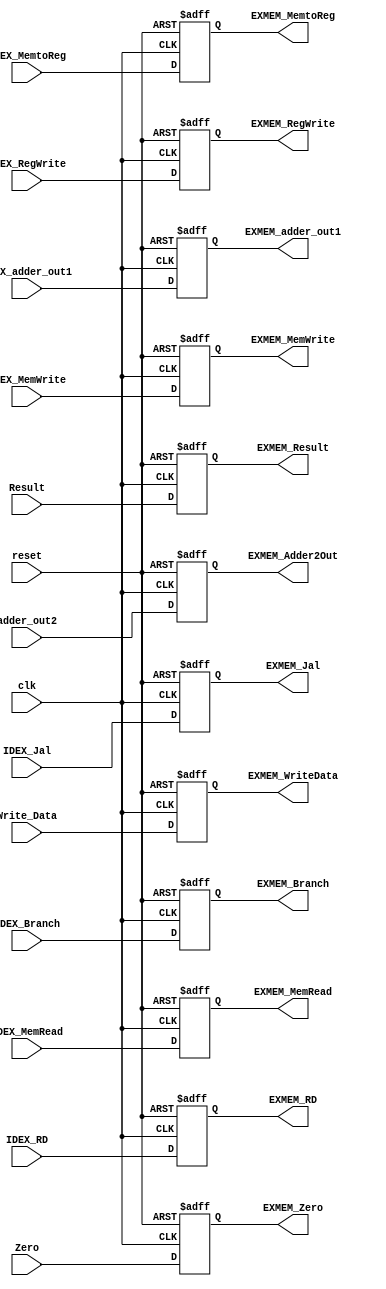
`timescale 1ns / 1ps
//////////////////////////////////////////////////////////////////////////////////
// Company: 
// Engineer: 
// 
// Design Name: 
// Module Name: EX_MEM
// Project Name: 
// Target Devices: 
// Tool Versions: 
// Description: 
// 
// Dependencies: 
// 
// Revision:
// Revision 0.01 - File Created
// Additional Comments:
// 
//////////////////////////////////////////////////////////////////////////////////


module EX_MEM(
    input clk, reset,
    input IDEX_Branch, IDEX_MemRead, IDEX_MemWrite, IDEX_MemtoReg, IDEX_RegWrite, IDEX_Jal,
    input Zero,
    input [4:0] IDEX_RD, 
    input [63:0] adder_out2, Result, Write_Data, IDEX_adder_out1,
    output reg EXMEM_Branch, EXMEM_MemRead, EXMEM_MemWrite, EXMEM_MemtoReg, EXMEM_RegWrite, EXMEM_Jal,
    output reg EXMEM_Zero,
    output reg [4:0] EXMEM_RD,
    output reg [63:0] EXMEM_Adder2Out, EXMEM_Result, EXMEM_WriteData, EXMEM_adder_out1
);
always @(posedge clk or posedge reset) begin
    if (reset == 1'b1) begin
        EXMEM_Branch = 0; 
        EXMEM_MemRead = 0; 
        EXMEM_MemWrite = 0; 
        EXMEM_MemtoReg = 0;
        EXMEM_RegWrite = 0; 
        EXMEM_Jal = 0;
        EXMEM_Zero = 0; 
        EXMEM_RD = 0; 
        EXMEM_Adder2Out = 0;
        EXMEM_Result = 0; 
        EXMEM_WriteData = 0;
        EXMEM_adder_out1 = 0;
    end
    else begin
        EXMEM_Branch = IDEX_Branch; 
        EXMEM_MemRead = IDEX_MemRead; 
        EXMEM_MemWrite = IDEX_MemWrite; 
        EXMEM_MemtoReg = IDEX_MemtoReg; 
        EXMEM_RegWrite = IDEX_RegWrite; 
        EXMEM_Jal = IDEX_Jal;
        EXMEM_Zero = Zero; 
        EXMEM_RD = IDEX_RD; 
        EXMEM_Adder2Out = adder_out2; 
        EXMEM_Result = Result; 
        EXMEM_WriteData = Write_Data;
        EXMEM_adder_out1 = IDEX_adder_out1;
    end 
end
endmodule